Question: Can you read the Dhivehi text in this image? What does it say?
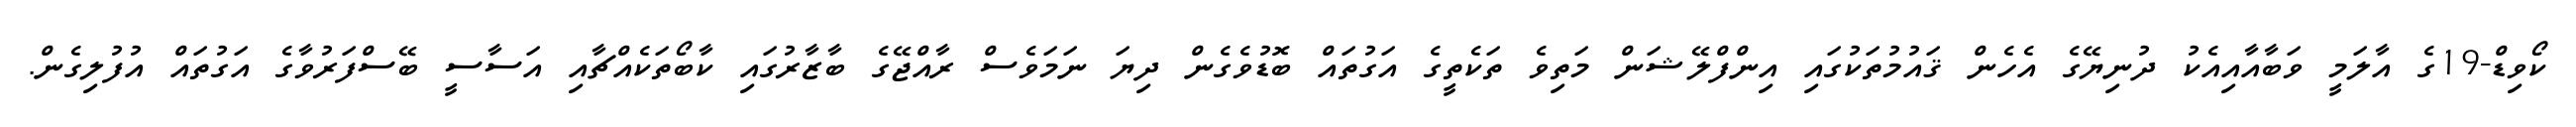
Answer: ކޯވިޑް-19ގެ އާލަމީ ވަބާއާއިއެކު ދުނިޔޭގެ އެހެން ޤައުމުތަކުގައި އިންފްލޭޝަން މަތިވެ ތަކެތީގެ އަގުތައް ބޮޑުވެގެން ދިޔަ ނަމަވެސް ރާއްޖޭގެ ބާޒާރުގައި ކާބޯތަކެއްޗާއި އަސާސީ ބޭސްފަރުވާގެ އަގުތައް އުފުލިގެން.